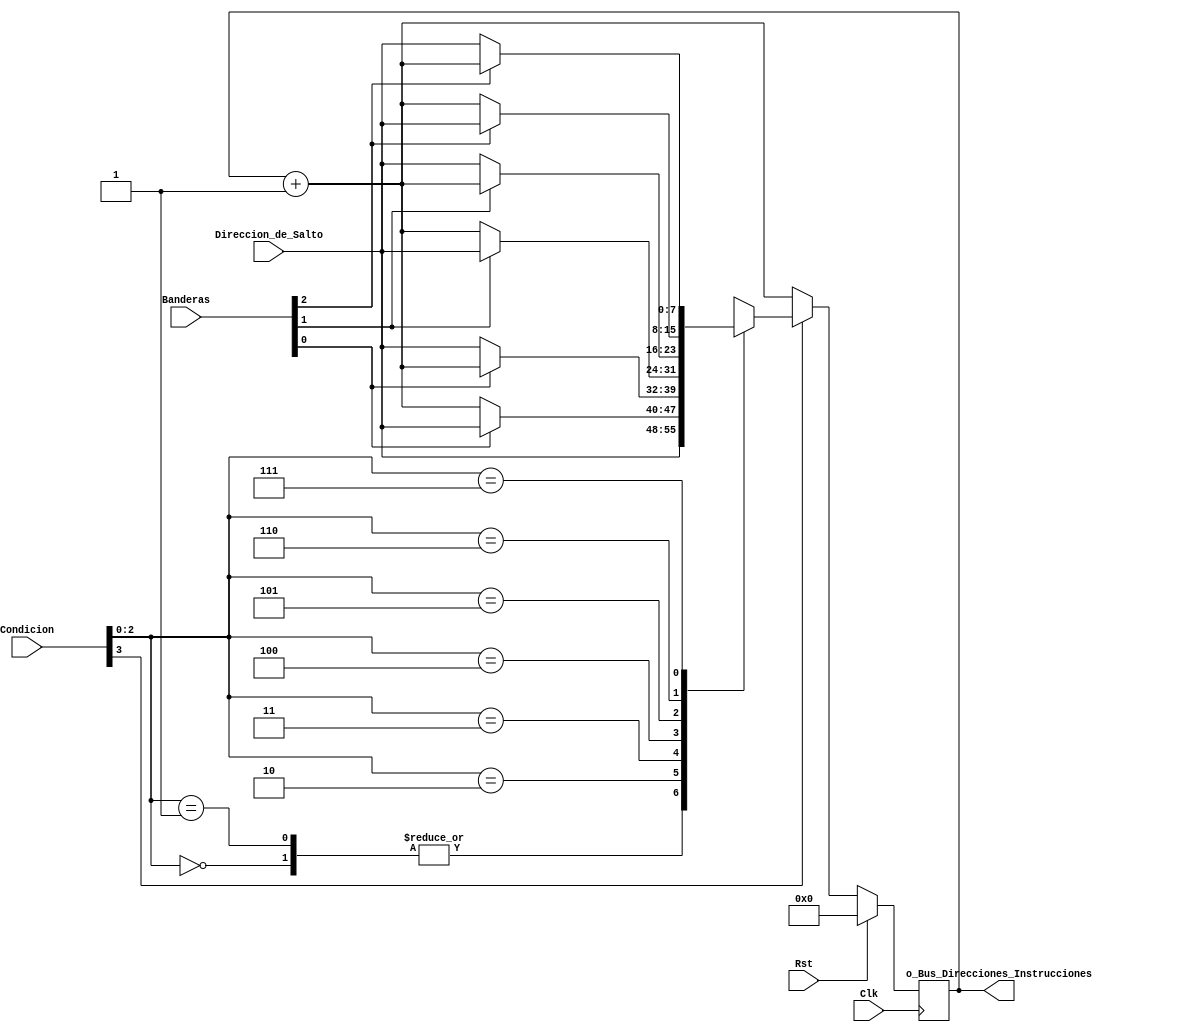
module Unidad_de_Saltos (
    input Clk,
    input Rst,
	input [7:0] Direccion_de_Salto,
	input [2:0] Banderas,
	input [3:0] Condicion,
	output reg[7:0] o_Bus_Direcciones_Instrucciones
);

always @(posedge Clk)
begin
	if(Rst) begin
        o_Bus_Direcciones_Instrucciones <= 0;
    end
    else begin   
		if (Condicion[3] == 1) begin
            case (Condicion[2:0])
                3'b000: begin
                    o_Bus_Direcciones_Instrucciones <= Direccion_de_Salto;
                end
                3'b001: begin
                    o_Bus_Direcciones_Instrucciones <= Direccion_de_Salto;
                end
                3'b010: begin //Z
                        if(Banderas[0])
                              o_Bus_Direcciones_Instrucciones <= Direccion_de_Salto;
                        else
                              o_Bus_Direcciones_Instrucciones <= o_Bus_Direcciones_Instrucciones + 1;
                        end
                3'b011: begin //~Z
                        if(~Banderas[0])
                              o_Bus_Direcciones_Instrucciones <= Direccion_de_Salto;
                        else
                              o_Bus_Direcciones_Instrucciones <= o_Bus_Direcciones_Instrucciones + 1;
                        end
                3'b100: begin //C
                        if(Banderas[1])
                              o_Bus_Direcciones_Instrucciones <= Direccion_de_Salto;
                        else
                              o_Bus_Direcciones_Instrucciones <= o_Bus_Direcciones_Instrucciones + 1;
                        end
                3'b101: begin //~C
                        if(~Banderas[1])
                              o_Bus_Direcciones_Instrucciones <= Direccion_de_Salto;
                        else
                              o_Bus_Direcciones_Instrucciones <= o_Bus_Direcciones_Instrucciones + 1;
                        end
                3'b110: begin //N
                        if(Banderas[2])
                              o_Bus_Direcciones_Instrucciones <= Direccion_de_Salto;
                        else
                              o_Bus_Direcciones_Instrucciones <= o_Bus_Direcciones_Instrucciones + 1;
                        end
                3'b111: begin //~N
                        if(~Banderas[2])
                              o_Bus_Direcciones_Instrucciones <= Direccion_de_Salto;
                        else
                              o_Bus_Direcciones_Instrucciones <= o_Bus_Direcciones_Instrucciones + 1;
                        end          
            endcase
		end
		else begin
			o_Bus_Direcciones_Instrucciones <= o_Bus_Direcciones_Instrucciones + 1;
		end
	end
end
endmodule